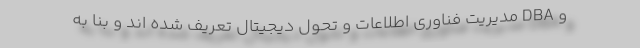
و DBA مدیریت فناوری اطلاعات و تحول دیجیتال تعریف شده اند و بنا به